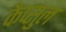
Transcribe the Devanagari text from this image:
कैप्सुल